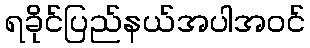
ရခိုင်ပြည်နယ်အပါအဝင်